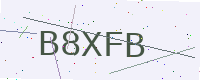
Text: B8XFB